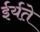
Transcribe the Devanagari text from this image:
ईर्यते